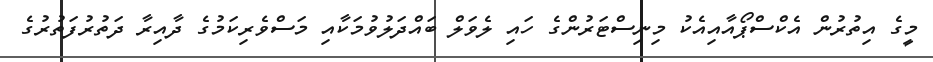
މީގެ އިތުރުން އެކްސްޕޯއާއިއެކު މިނިސްޓަރުންގެ ހައި ލެވަލް ބައްދަލުވުމަކާއި މަސްވެރިކަމުގެ ދާއިރާ ދަތުރުފަތުރުގެ